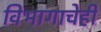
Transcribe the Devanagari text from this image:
विभागाचेही